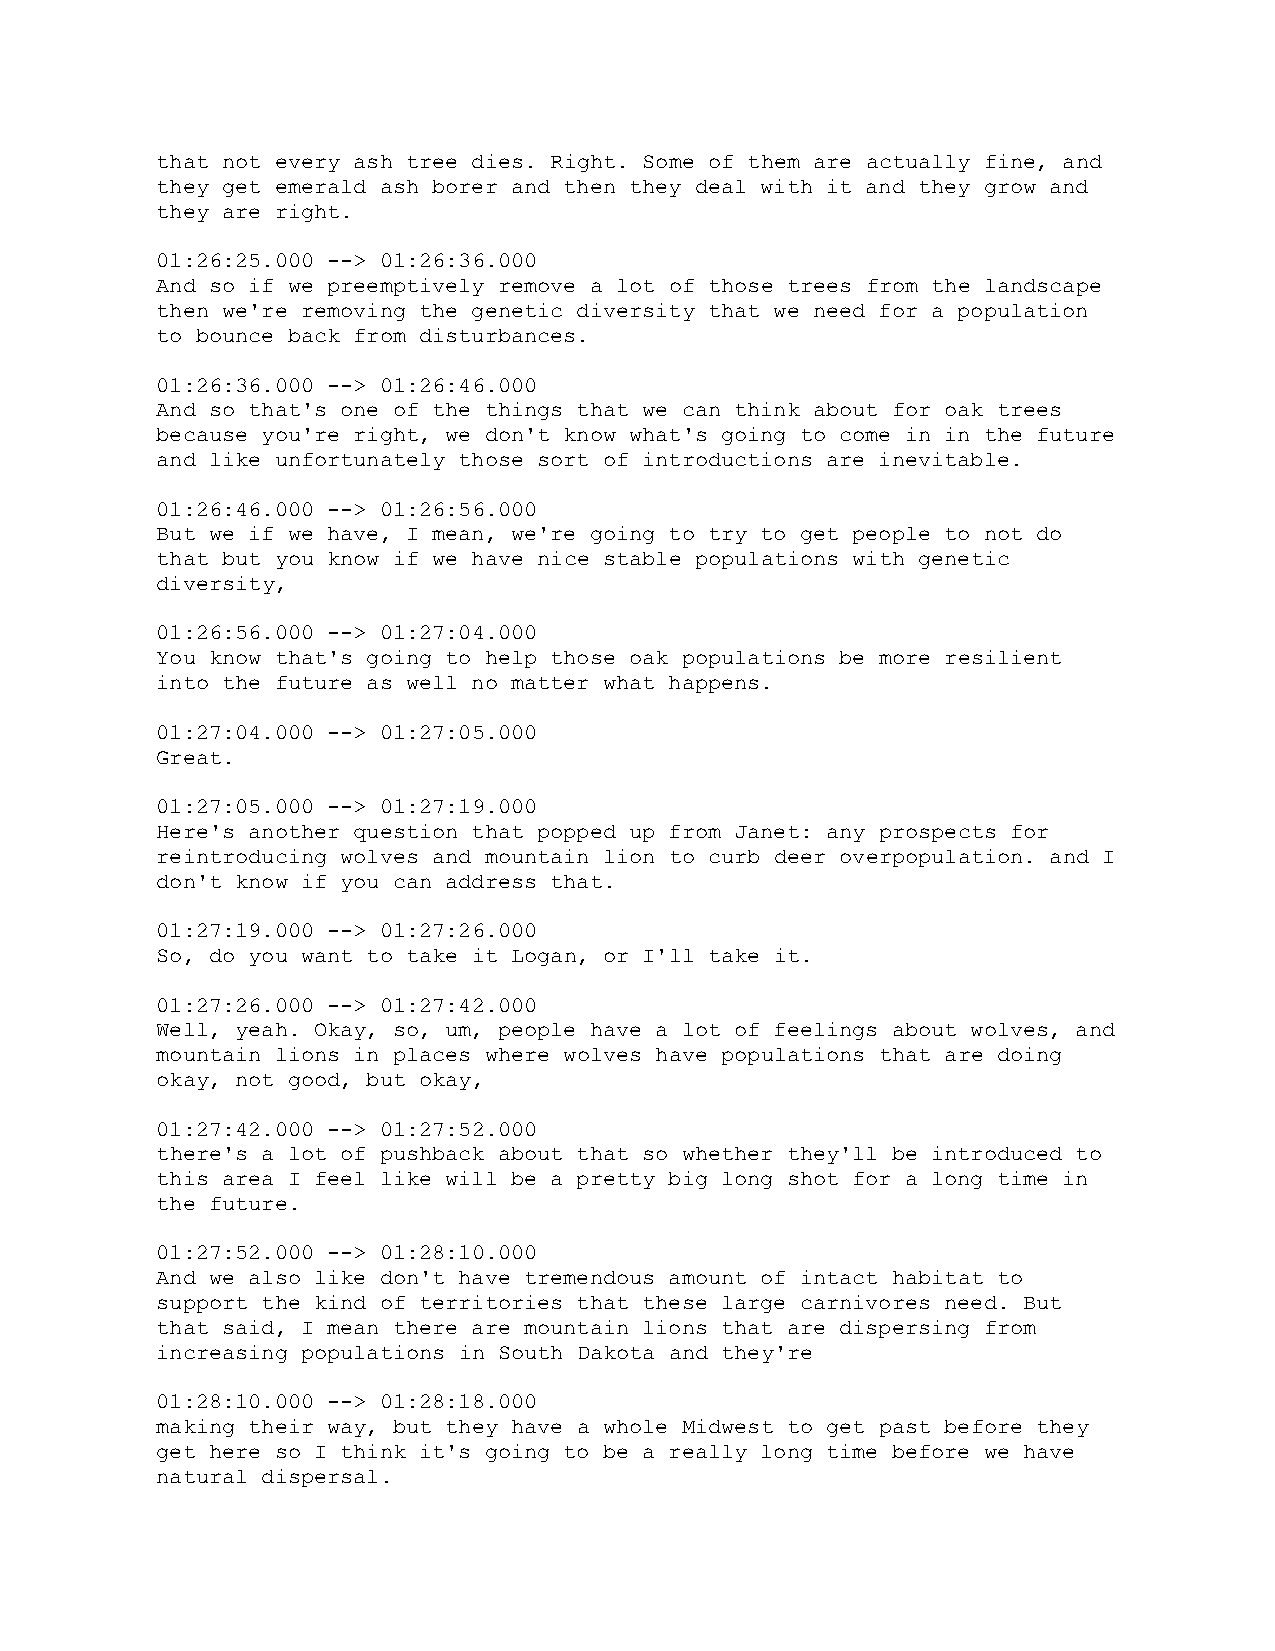
that not every ash tree dies. Right. Some of them are actually fine, and
 they get emerald ash borer and then they deal with it and they grow and
 they are right.
 01:26:25.000 --> 01:26:36.000
 And so if we preemptively remove a lot of those trees from the landscape
 then we're removing the genetic diversity that we need for a population
 to bounce back from disturbances.
 01:26:36.000 --> 01:26:46.000
 And so that's one of the things that we can think about for oak trees
 because you're right, we don't know what's going to come in in the future
 and like unfortunately those sort of introductions are inevitable.
 01:26:46.000 --> 01:26:56.000
 But we if we have, I mean, we're going to try to get people to not do
 that but you know if we have nice stable populations with genetic
 diversity,
 01:26:56.000 --> 01:27:04.000
 You know that's going to help those oak populations be more resilient
 into the future as well no matter what happens.
 01:27:04.000 --> 01:27:05.000
 Great.
 01:27:05.000 --> 01:27:19.000
 Here's another question that popped up from Janet: any prospects for
 reintroducing wolves and mountain lion to curb deer overpopulation. and I
 don't know if you can address that.
 01:27:19.000 --> 01:27:26.000
 So, do you want to take it Logan, or I'll take it.
 01:27:26.000 --> 01:27:42.000
 Well, yeah. Okay, so, um, people have a lot of feelings about wolves, and
 mountain lions in places where wolves have populations that are doing
 okay, not good, but okay,
 01:27:42.000 --> 01:27:52.000
 there's a lot of pushback about that so whether they'll be introduced to
 this area I feel like will be a pretty big long shot for a long time in
 the future.
 01:27:52.000 --> 01:28:10.000
 And we also like don't have tremendous amount of intact habitat to
 support the kind of territories that these large carnivores need. But
 that said, I mean there are mountain lions that are dispersing from
 increasing populations in South Dakota and they're
 01:28:10.000 --> 01:28:18.000
 making their way, but they have a whole Midwest to get past before they
 get here so I think it's going to be a really long time before we have
 natural dispersal.